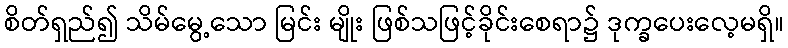
စိတ်ရှည်၍ သိမ်မွေ့သော မြင်း မျိုး ဖြစ်သဖြင့်ခိုင်းစေရာ၌ ဒုက္ခပေးလေ့မရှိ။